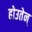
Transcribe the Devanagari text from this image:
होउतेन्